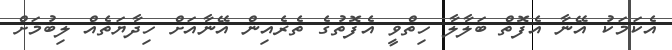
އެކަމަކު އޭނާ އެފޮތް ބަލާލާ ހިތްވީ އެފޮތުގެ ތެރެއިން އޭނާއަށް ހިދާޔަތެއް ލިބުމަށް